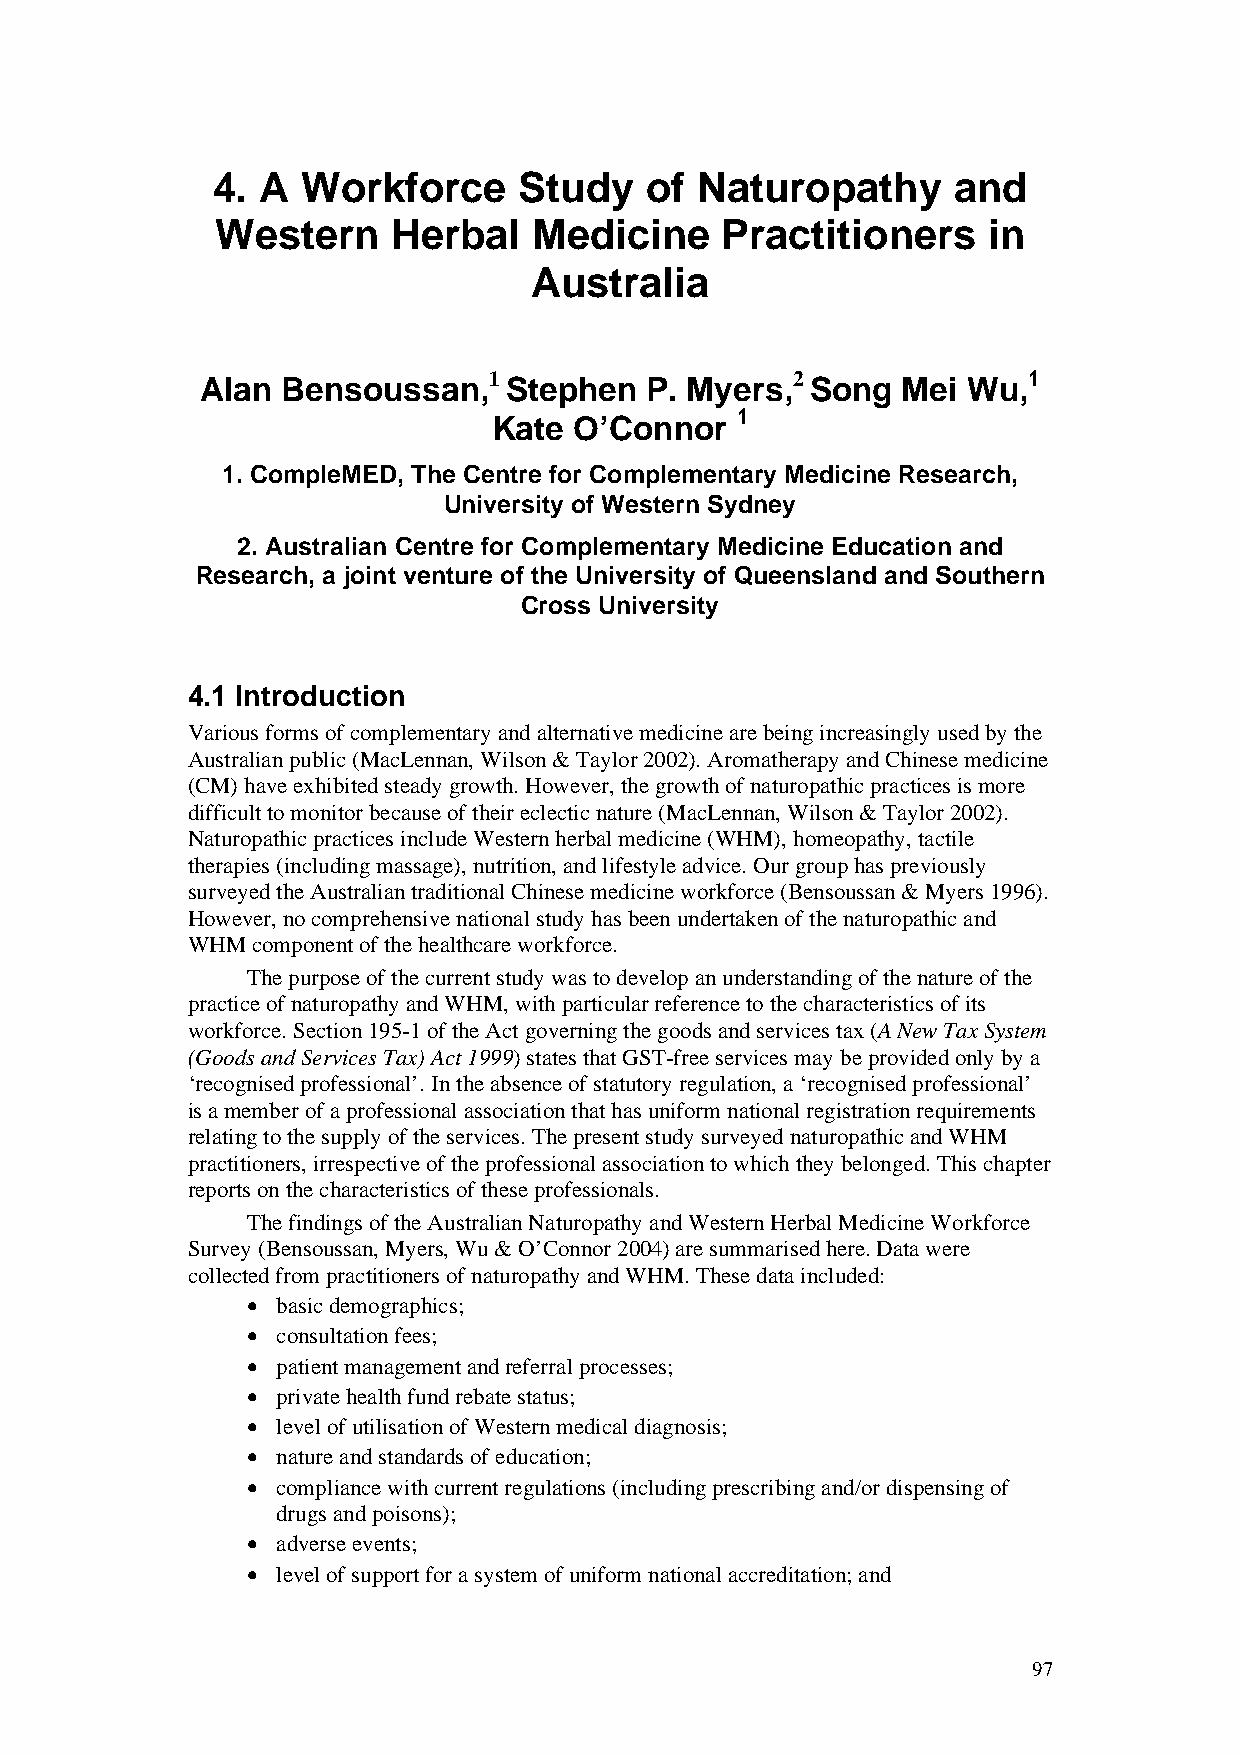
4. A  Workforce     Study    of Naturopathy      and
 Western     Herbal   Medicine     Practitioners    in
 Australia
 1                   2               1
 Alan  Bensoussan,   Stephen   P. Myers,  Song  Mei Wu,
 1
 Kate O’Connor
 1. CompleMED, The Centre for Complementary Medicine Research,
 University of Western Sydney
 2. Australian Centre for Complementary Medicine Education and
 Research, a joint venture of the University of Queensland and Southern
 Cross University
 4.1 Introduction
 Various forms of complementary and alternative medicine are being increasingly used by the
 Australian public (MacLennan, Wilson & Taylor 2002). Aromatherapy and Chinese medicine
 (CM) have exhibited steady growth. However, the growth of naturopathic practices is more
 difficult to monitor because of their eclectic nature (MacLennan, Wilson & Taylor 2002).
 Naturopathic practices include Western herbal medicine (WHM), homeopathy, tactile
 therapies (including massage), nutrition, and lifestyle advice. Our group has previously
 surveyed the Australian traditional Chinese medicine workforce (Bensoussan & Myers 1996).
 However, no comprehensive national study has been undertaken of the naturopathic and
 WHM  component of the healthcare workforce.
 The purpose of the current study was to develop an understanding of the nature of the
 practice of naturopathy and WHM, with particular reference to the characteristics of its
 workforce. Section 195-1 of the Act governing the goods and services tax (A New Tax System
 (Goods and Services Tax) Act 1999) states that GST-free services may be provided only by a
 ‘recognised professional’. In the absence of statutory regulation, a ‘recognised professional’
 is a member of a professional association that has uniform national registration requirements
 relating to the supply of the services. The present study surveyed naturopathic and WHM
 practitioners, irrespective of the professional association to which they belonged. This chapter
 reports on the characteristics of these professionals.
 The findings of the Australian Naturopathy and Western Herbal Medicine Workforce
 Survey (Bensoussan, Myers, Wu & O’Connor 2004) are summarised here. Data were
 collected from practitioners of naturopathy and WHM. These data included:
 • basic demographics;
 • consultation fees;
 • patient management and referral processes;
 • private health fund rebate status;
 • level of utilisation of Western medical diagnosis;
 • nature and standards of education;
 • compliance with current regulations (including prescribing and/or dispensing of
 drugs and poisons);
 • adverse events;
 • level of support for a system of uniform national accreditation; and
 97